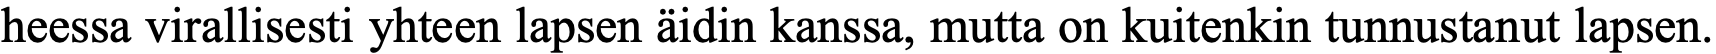
heessa virallisesti yhteen lapsen äidin kanssa, mutta on kuitenkin tunnustanut lapsen.